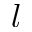
l